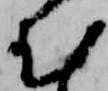
む